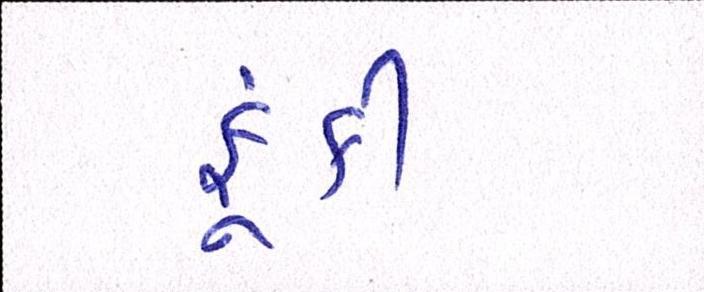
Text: ફૂંકી